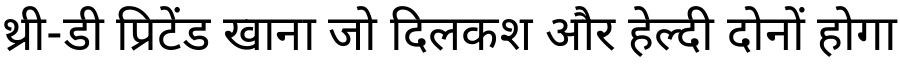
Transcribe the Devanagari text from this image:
थ्री-डी प्रिटेंड खाना जो दिलकश और हेल्दी दोनों होगा